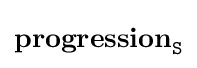
\mathbf {progression} _{\mathtt {S}}